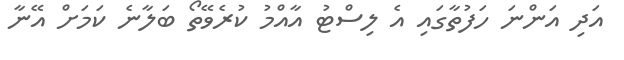
އަދި އަންނަ ހަފުތާގައި އެ ލިސްޓު އާއްމު ކުރެވޭތޯ ބަލާނެ ކަމަށް އޭނާ